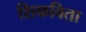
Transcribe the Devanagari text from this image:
शिकविता